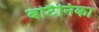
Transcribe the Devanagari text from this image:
बोटैनिका